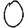
Digit: 0